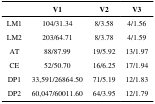
<table><thead><tr><td></td><td><b>V1</b></td><td><b>V2</b></td><td><b>V3</b></td></tr></thead><tbody><tr><td>LM1</td><td>104/31.34</td><td>8/3.58</td><td>4/1.56</td></tr><tr><td>LM2</td><td>203/64.71</td><td>8/3.78</td><td>4/1.59</td></tr><tr><td>AT</td><td>88/87.99</td><td>19/5.92</td><td>13/1.97</td></tr><tr><td>CE</td><td>52/50.70</td><td>16/6.25</td><td>17/1.94</td></tr><tr><td>DP1</td><td>33,591/26864.50</td><td>71/5.19</td><td>12/1.83</td></tr><tr><td>DP2</td><td>60,047/60011.60</td><td>64/3.95</td><td>12/1.79</td></tr></tbody></table>